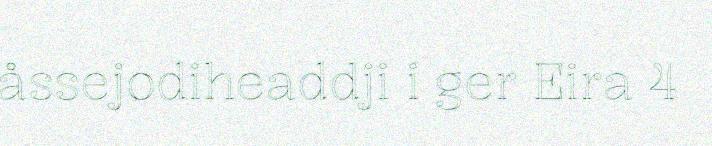
åssejodiheaddji i ger Eira 4